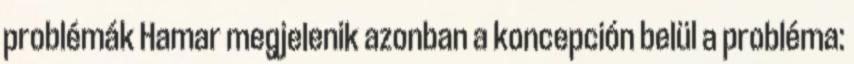
problémák Hamar megjelenik azonban a koncepción belül a probléma: